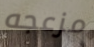
مزعجه